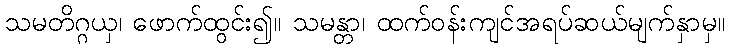
သမတိဂ္ဂယှ၊ ဖောက်ထွင်း၍။ သမန္တာ၊ ထက်ဝန်းကျင်အရပ်ဆယ်မျက်နှာမှ။